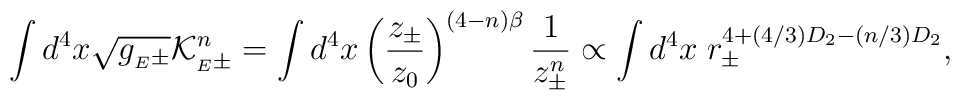
\int d^4x \sqrt{g_{{}_E\pm}} {\cal K}_{{}_E\pm}^n        =\int d^4x \left({z_\pm\over z_0}\right)^{ (4-n) \beta }                {1\over z_\pm^{n}}        \propto\int d^4x \; r_\pm^{4+(4 /3) D_2 - (n/3) D_2} ,